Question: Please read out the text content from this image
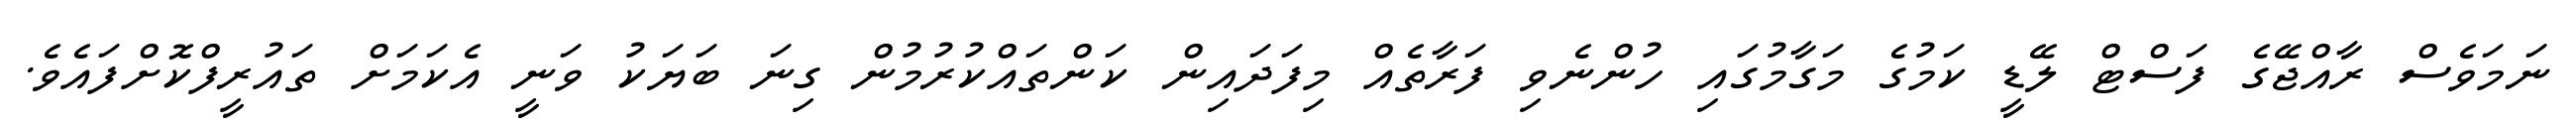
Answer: ނަމަވެސް ރާއްޖޭގެ ފަސްޓް ލޭޑީ ކަމުގެ މަގާމުގައި ހުންނެވި ފަރާތެއް މިފަދައިން ކަންތައްކުރުމުން ގިނަ ބަޔަކު ވަނީ އެކަމަށް ތައުރީފްކޮށްފައެވެ.